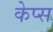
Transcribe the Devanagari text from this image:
केप्स